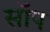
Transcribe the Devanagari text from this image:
सॉप